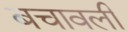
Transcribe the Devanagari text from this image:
बचावली